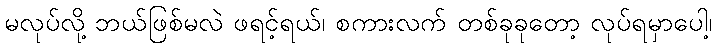
မလုပ်လို့ ဘယ်ဖြစ်မလဲ ဖရင့်ရယ်၊ စကားလက် တစ်ခုခုတော့ လုပ်ရမှာပေါ့၊